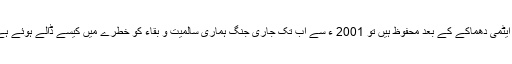
ہم ایٹمی دھماکے کے بعد محفوظ ہیں تو 2001 ء سے اب تک جاری جنگ ہماری سالمیت و بقاء کو خطرے میں کیسے ڈالے ہوئے ہے؟